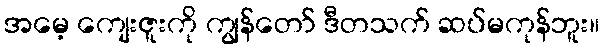
အမေ့ ကျေးဇူးကို ကျွန်တော် ဒီတသက် ဆပ်မကုန်ဘူး။